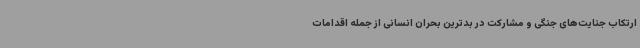
ارتکاب جنایت‌های جنگی و مشارکت در بدترین بحران انسانی از جمله اقدامات